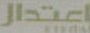
اعتدال